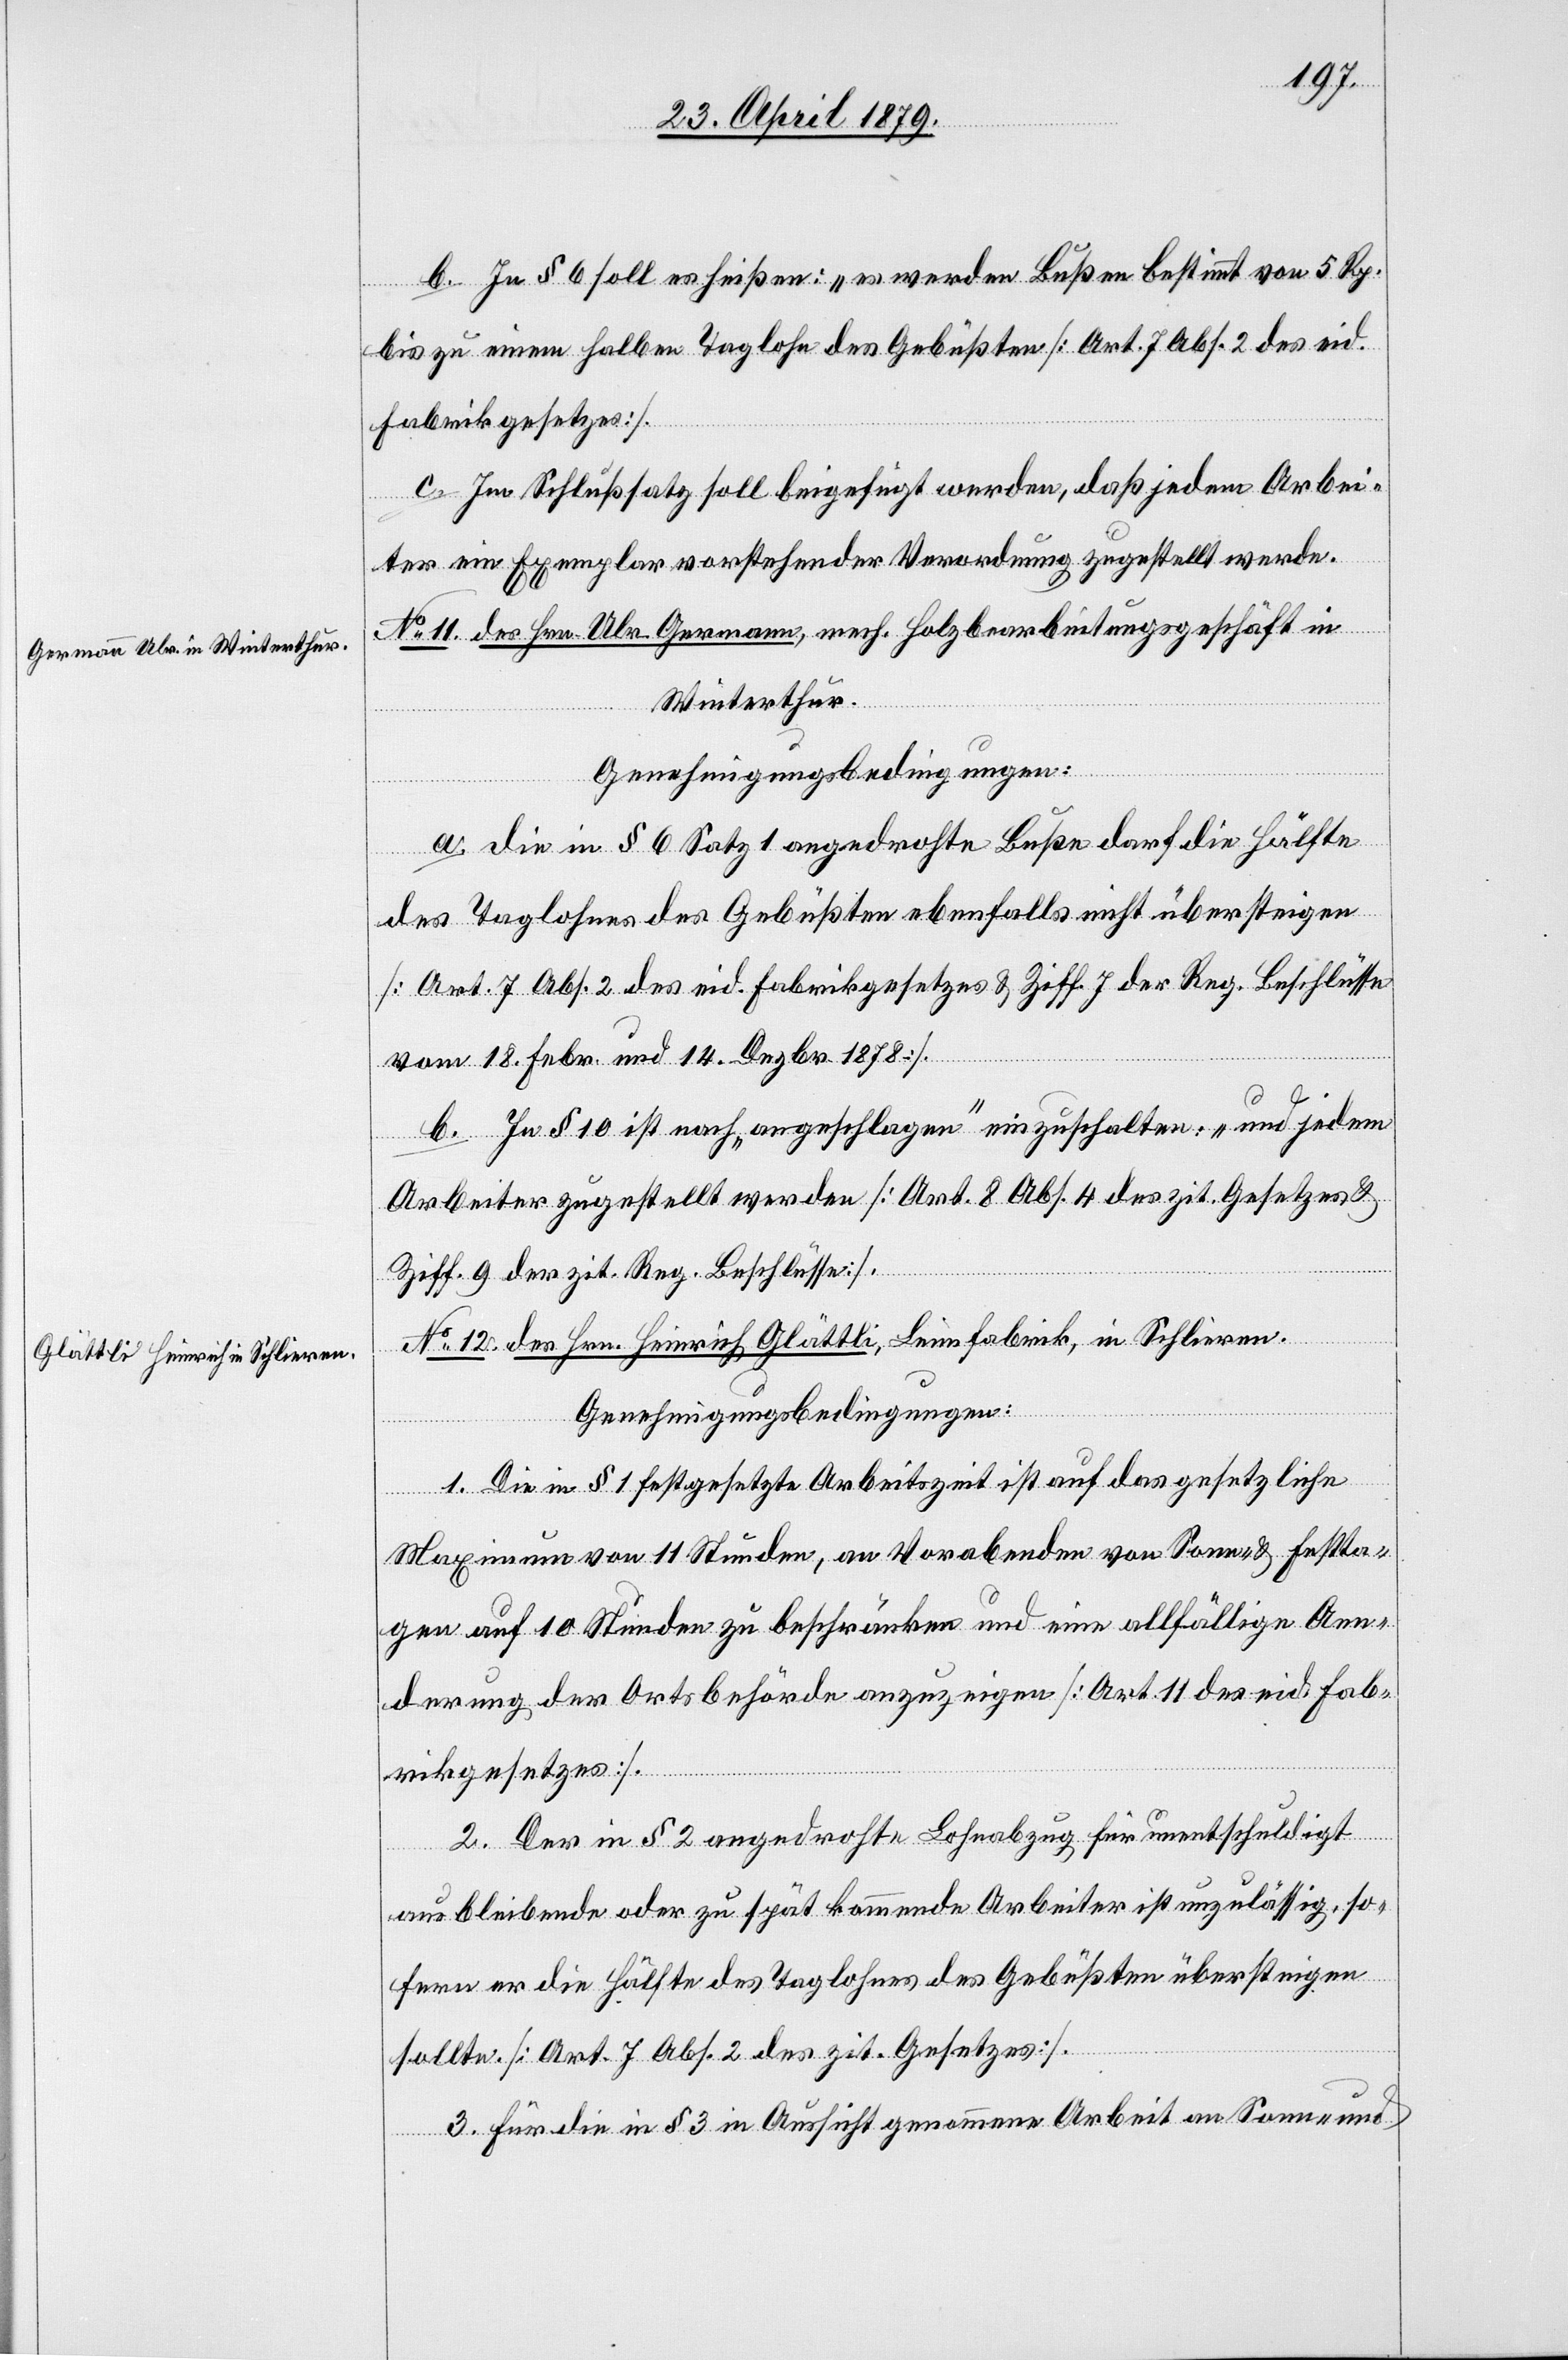
No 11. des Hrn. Ulr. Germann, mechan. Holzbearbeitungsgeschäft in
Winterthur.
Genehmigungsbedingungen:
a. Die in § 6 Satz 1 angedrohte Buße darf die Hälfte
des Taglohnes des Gebüßten ebenfalls nicht übersteigen
[Art. 7 Abs. 2 des eid. Fabrikgesetzes & Ziff. 7 der Reg. Beschlüsse
vom 18. Febr. und 14. Dezbr. 1878].
b. In § 10 ist nach „angeschlagen“ einzuschalten: „und jedem
Arbeiter zugestellt werden“ [Art. 8 Abs. 4 des zit. Gesetzes &
Ziff. 9 der zit. Reg. Beschlüsse].
No 12. des Hrn. Heinrich Glättli, Leimfabrik, in Schlieren.
Genehmigungsbedingungen:
1. Die in § 1 festgesetzte Arbeitszeit ist auf das gesetzliche
Maximum von 11 Stunden, an Vorabenden von Sonn- & Festta¬
gen auf 10 Stunden zu beschränken und eine allfällige Aen¬
derung der Ortsbehörde anzuzeigen [Art. 11 des eid. Fab¬
rikgesetzes].
2. Der in § 2 angedrohte Lohnabzug für unentschuldigt
ausbleibende oder zu spät kommende Arbeiter ist unzulässig, so¬
fern er die Hälfte des Taglohnes des Gebüßten übersteigen
sollte. [Art. 7 Abs. 2 des zit. Gesetzes].
3. Für die in § 3 in Aussicht genommene Arbeit an Sonn- und